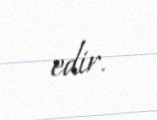
edir.